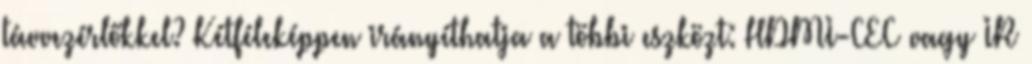
távvezérlőkkel? Kétféleképpen irányíthatja a többi eszközt: HDMI-CEC vagy IR